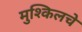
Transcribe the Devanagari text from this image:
मुश्किलचे